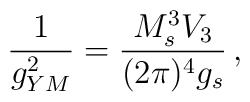
\frac{1}{g_{YM}^2} = \frac{ M_s^3 V_3}{(2 \pi)^4 g_s}\, ,